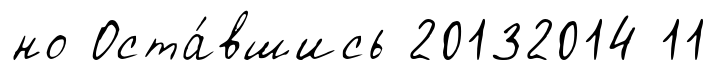
но Оста́вшись 20132014 11